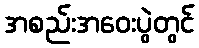
အစည်းအဝေးပွဲတွင်